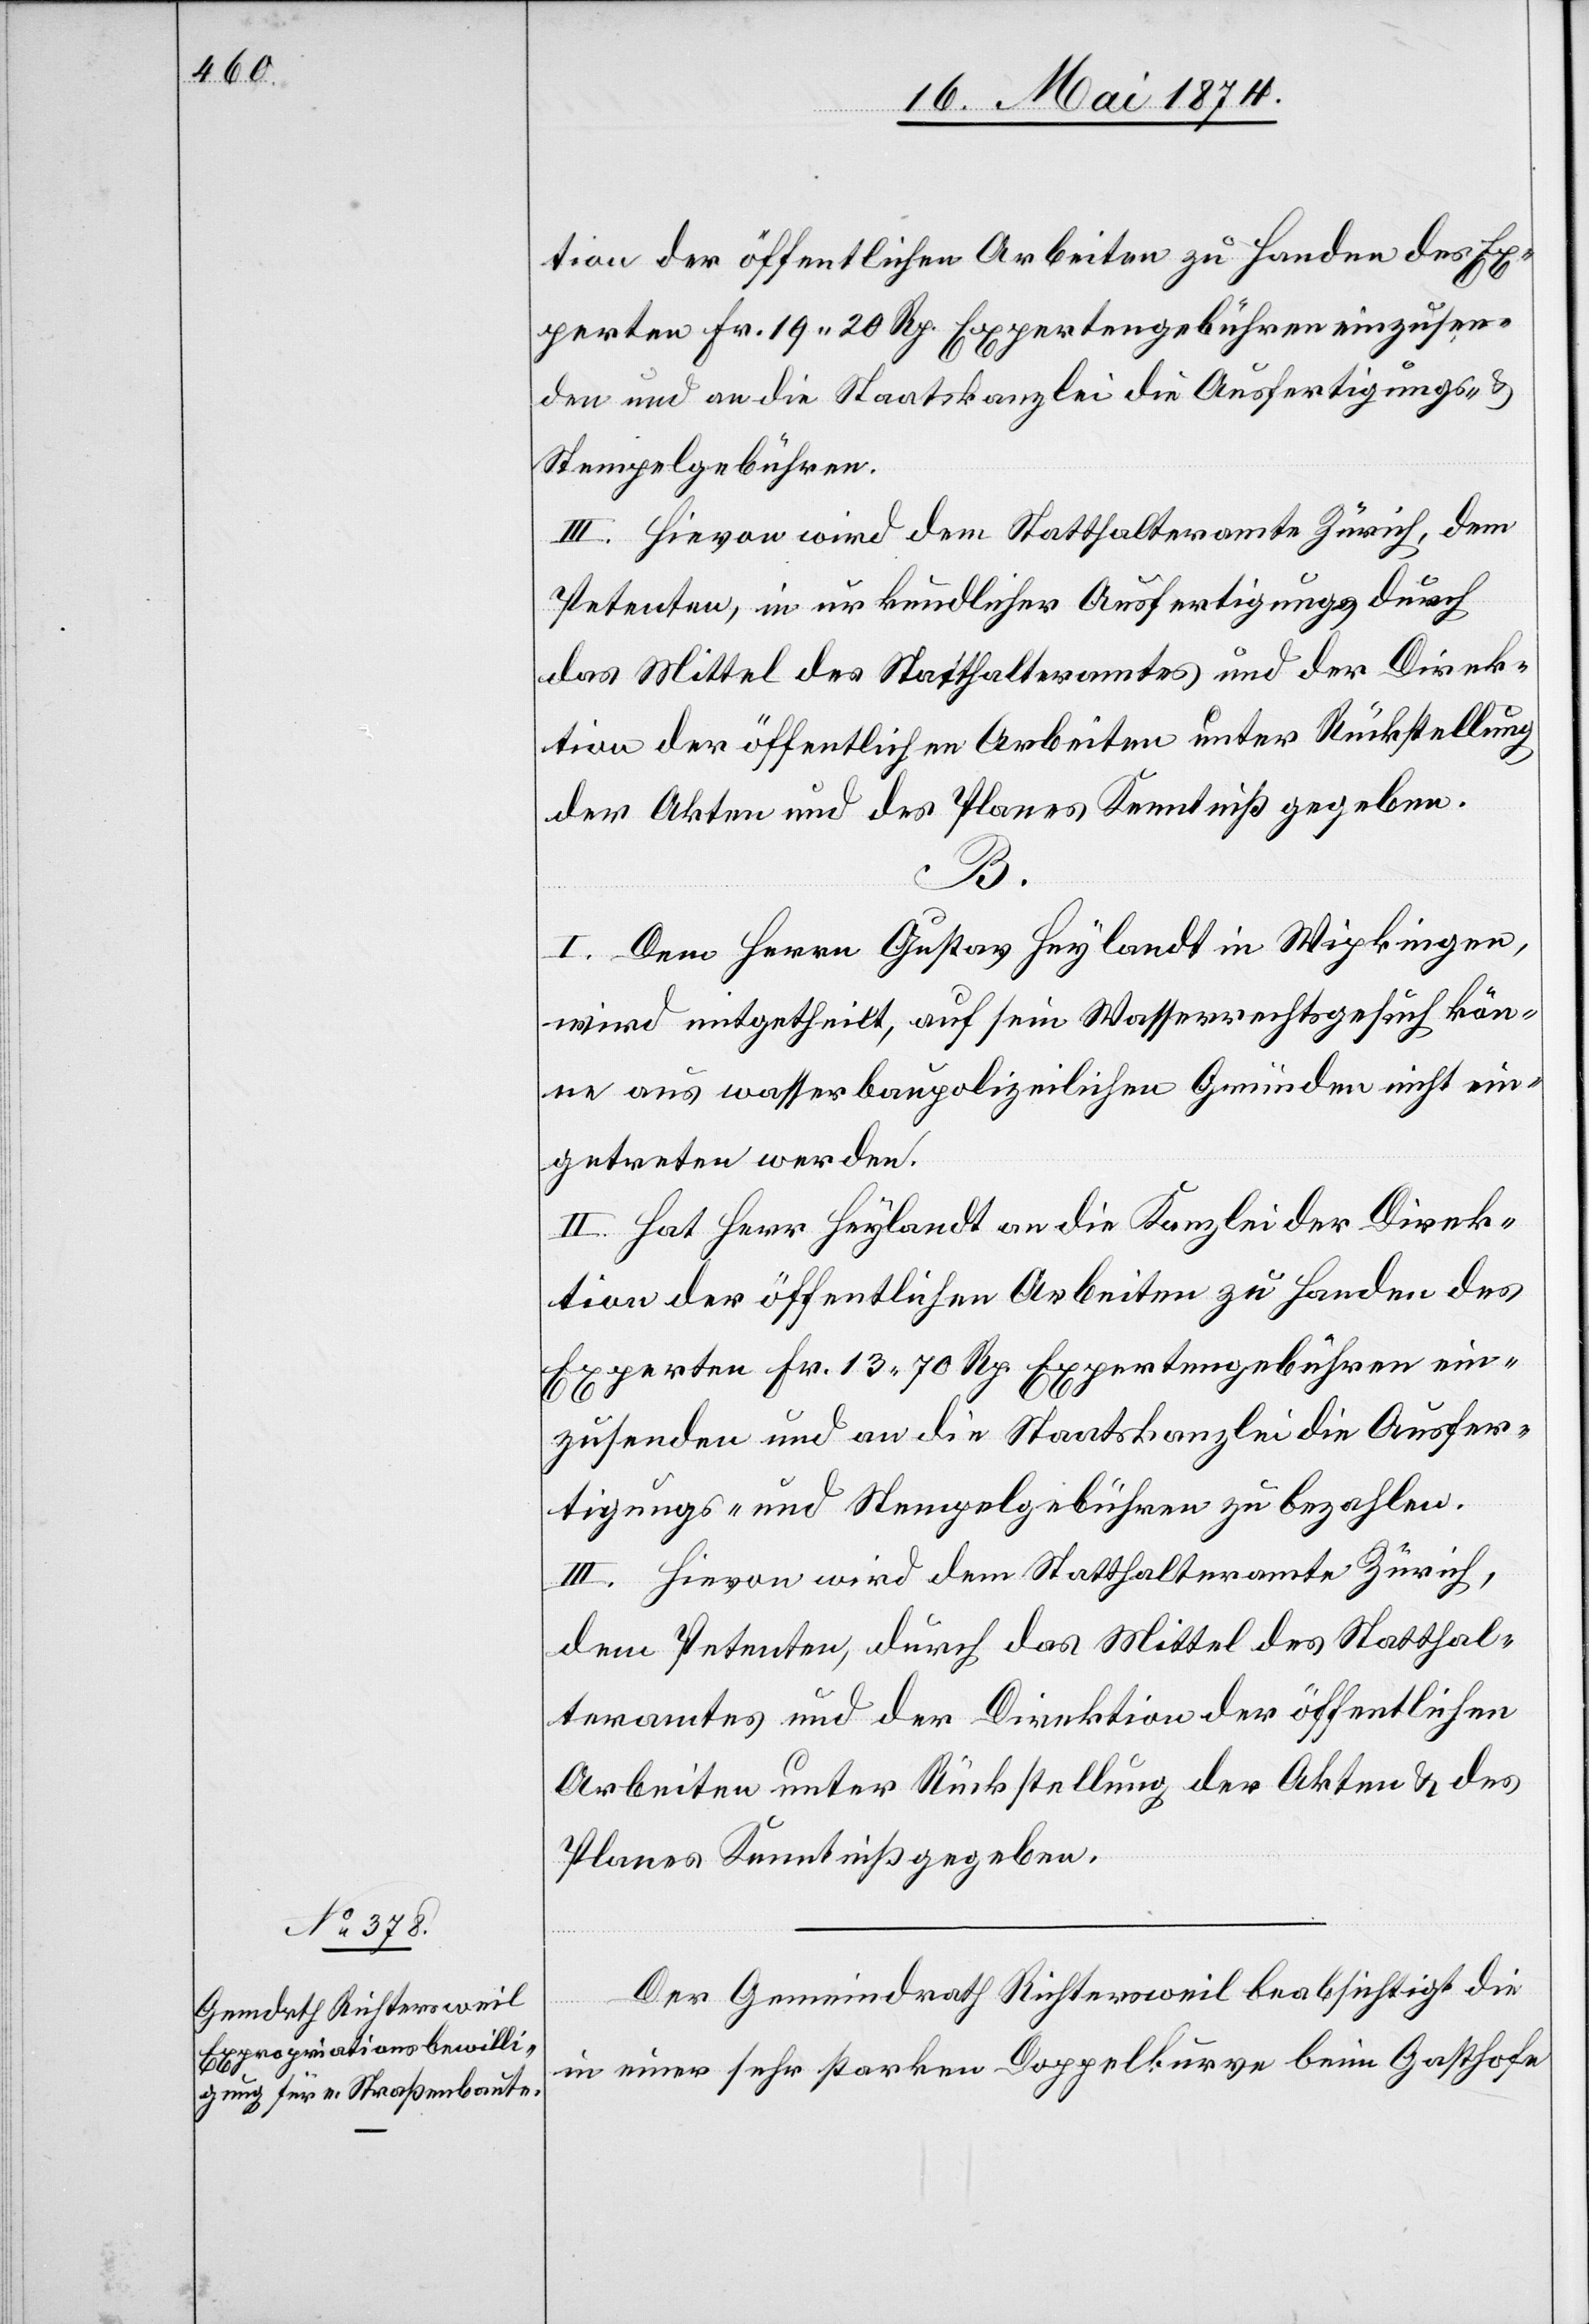
tion der öffentlichen Arbeiten zu Handen des Ex¬
perten Fr. 19.20 Rp. Expertengebühren einzusen¬
den und an die Staatskanzlei die Ausfertigungs- u.
Stempelgebühren.
III. Hievon wird dem Statthalteramte Zürich, dem
Petenten, in urkundlicher Ausfertigung durch
das Mittel des Statthalteramtes und der Direk¬
tion der öffentlichen Arbeiten unter Rückstellung
der Akten und des Planes Kenntniß gegeben.
B.
I. Dem Herrn Gustav Heylandt in Wipkingen,
wird mitgetheilt, auf sein Wasserrechtsgesuch kön¬
ne aus wasserbaupolizeilichen Gründen nicht ein¬
gegangen werden.
II. Hat Herr Heylandt an die Kanzlei der Direk¬
tion der öffentlichen Arbeiten zu Handen des
Experten Fr. 13.70 Rp. Expertengebühren ein¬
zusenden und an die Staatskanzlei die Ausfer¬
tigungs- und Stempelgebühren zu bezahlen.
III. Hievon wird dem Statthalteramte Zürich,
dem Petenten, durch das Mittel des Statthal¬
teramtes und der Direktion der öffentlichen
Arbeiten unter Rückstellung der Akten u. des
Planes Kenntniß gegeben.
Der Gemeindrath Richtersweil beabsichtigt die
in einer sehr starken Doppelkurve beim Gasthofe